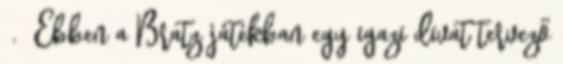
. Ebben a Bratz játékban egy igazi divat tervező